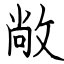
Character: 敞